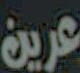
عرين